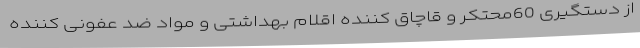
از دستگیری 60محتکر و قاچاق کننده اقلام بهداشتی و مواد ضد عفونی کننده